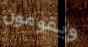
ويقومون